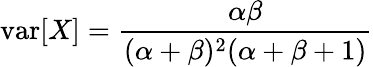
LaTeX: \operatorname{var}[X]={\frac{\alpha\beta}{(\alpha+\beta)^{2}(\alpha+\beta+1)}}